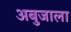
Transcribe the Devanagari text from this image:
अबुजाला